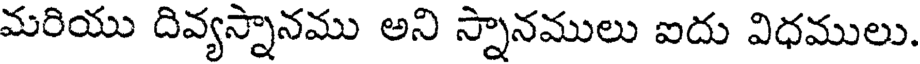
మరియు దివ్యస్నానము అని స్నానములు ఐదు విధములు.